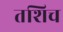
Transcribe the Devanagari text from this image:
तशिच